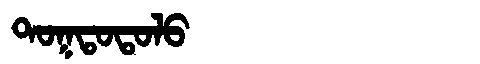
Manchu: ᡨᠣᡴᡨᠣᡨᠣᠯᠣ
Romanization: TOKTOTOLO